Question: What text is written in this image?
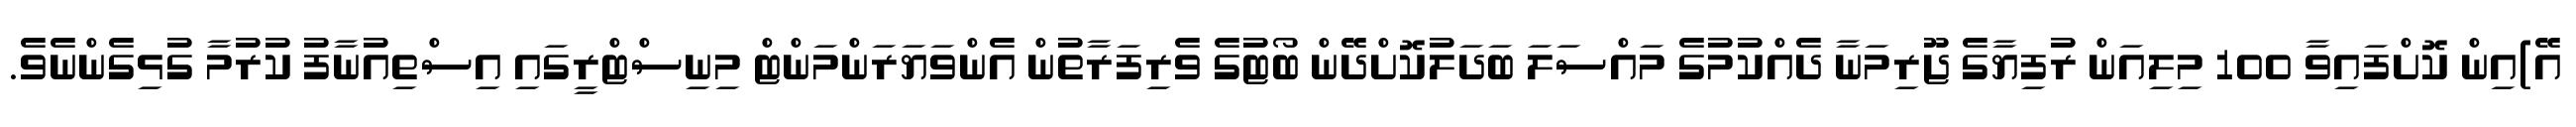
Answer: އޭ)އިން ކޮށްފައިވާ 100 މިލިއަން ރުފިޔާގެ ޖޫރިމަނާ ދެއްކުމުގެ މައްސަލަ ބަދަލުކޮށްދޭން ބޯޓުގެ ވެރިފަރާތުން އެންވަޔަރަންމަންޓް މިނިސްޓްރީގައި އިސްތިއުނާފު ކުރުމާ ގުޅިގެންނެވެ.